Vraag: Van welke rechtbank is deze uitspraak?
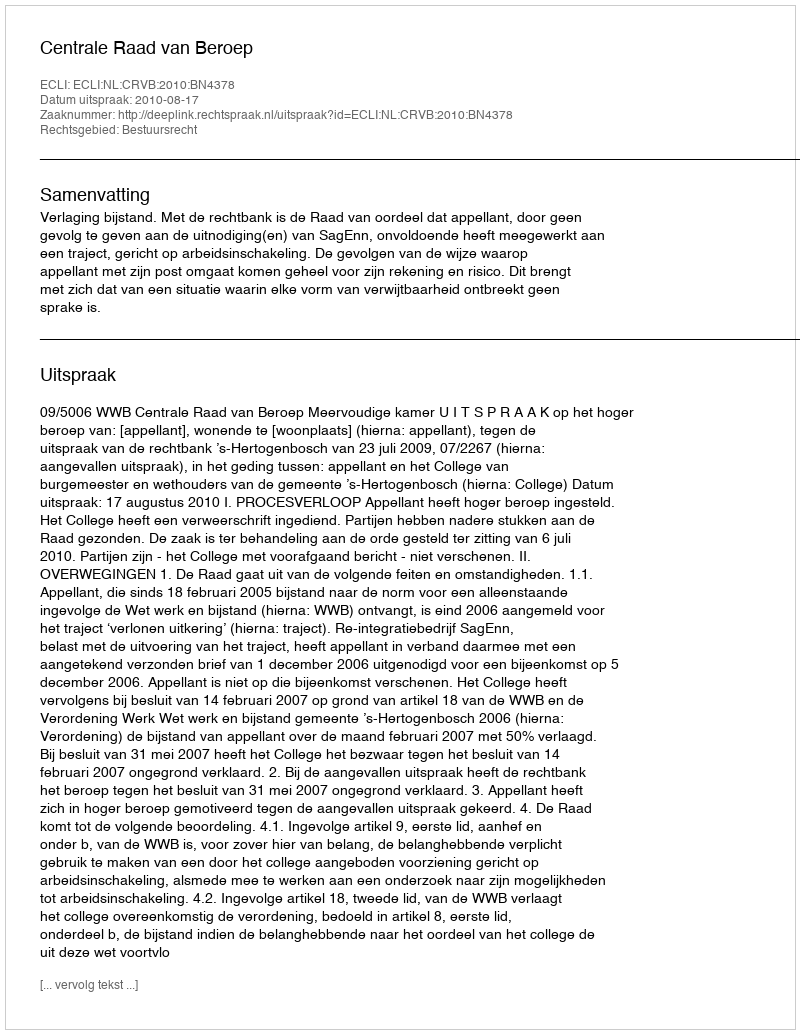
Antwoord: Centrale Raad van Beroep